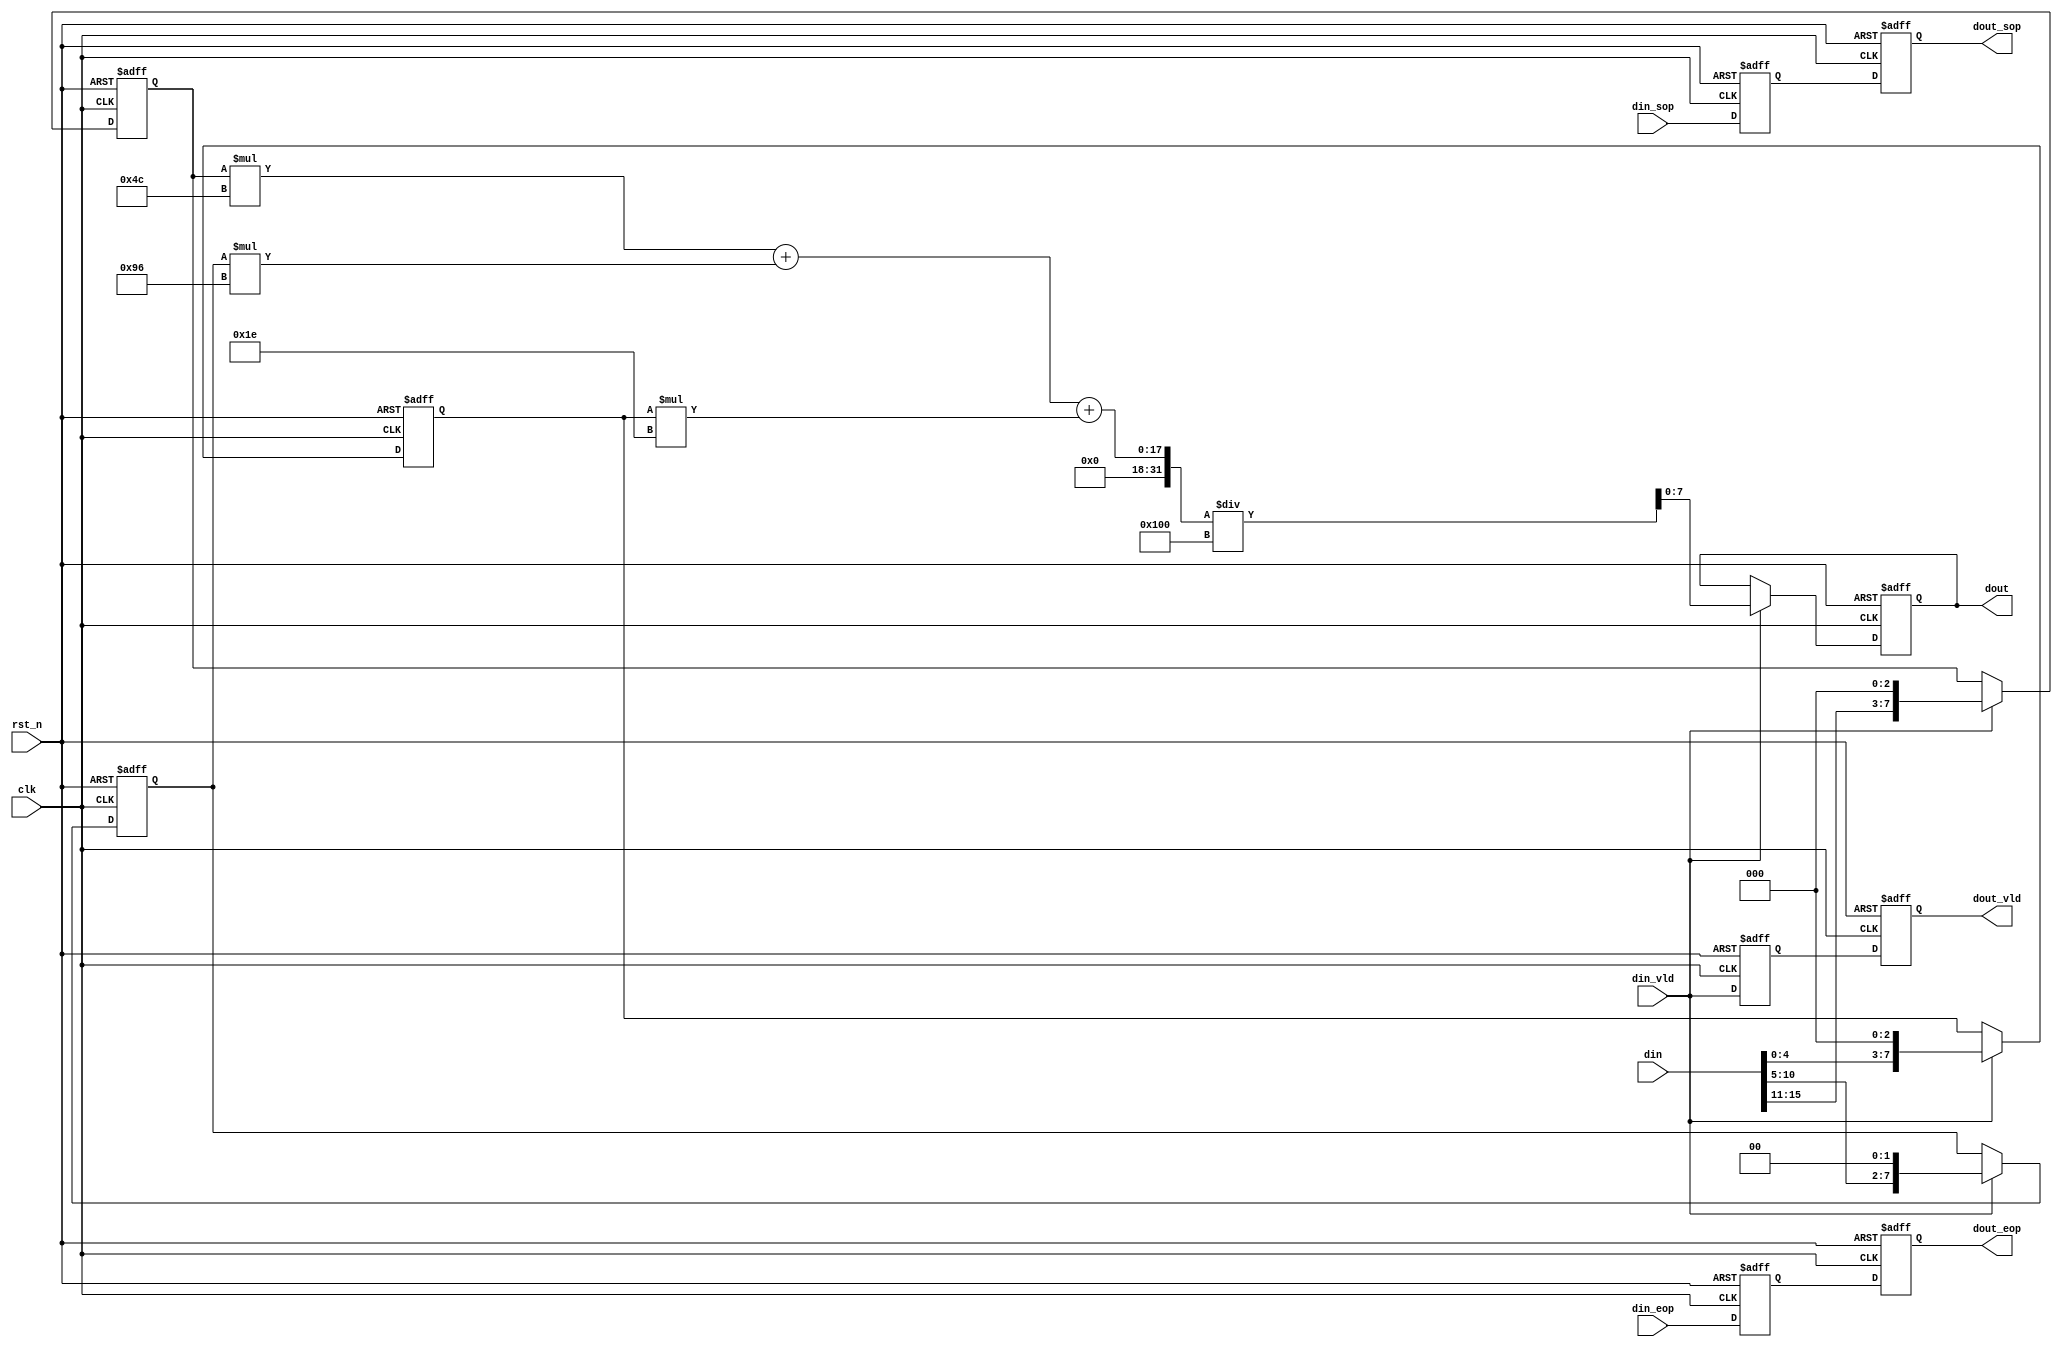
module gray(
	input clk,				
	input rst_n,		 	
	input [15:0]din, 		
	input din_vld, 		
	input din_sop, 	
	input din_eop, 
	output reg [7:0]dout,
	output reg dout_vld, 
	output reg dout_sop, 		
	output reg dout_eop 		
);


reg dout_vld_ff0;
reg dout_sop_ff0;
reg dout_eop_ff0;

reg [7:0]gray_r;
reg [7:0]gray_g;
reg [7:0]gray_b;

// read rgb data from din
always@(posedge clk or negedge rst_n)begin
	if(!rst_n)begin
		gray_r<=0;
		gray_g<=0;
		gray_b<=0;
	end
	else begin
		if(din_vld)begin
			gray_r={din[15:11],3'b000};
			gray_g={din[10:5],2'b00};
			gray_b={din[4:0],3'b000};
		end
	end
end

//dout calculate the gray level based on RGB
always@(posedge clk or negedge rst_n)begin
	if(!rst_n)
		dout<=0;
	else if(din_vld)
		dout<=(gray_r*76 + gray_g*150+ gray_b*30)/256;
end

//dout_vld
always@(posedge clk or negedge rst_n)begin
	if(!rst_n)begin
		dout_vld<=0;
		dout_vld_ff0<=0;
	end
	else begin
		dout_vld_ff0<=din_vld;
		dout_vld<=dout_vld_ff0;
	end
end



//dout_sop
always@(posedge clk or negedge rst_n)begin
	if(!rst_n)begin
		dout_sop<=0;
		dout_sop_ff0<=0;
	end
	else begin
		dout_sop_ff0<=din_sop;
		dout_sop<=dout_sop_ff0;
	end
end

//dout_eop
always@(posedge clk or negedge rst_n)begin
	if(!rst_n)begin
		dout_eop<=0;
		dout_eop_ff0<=0;
	end
	else begin
		dout_eop_ff0<=din_eop;
		dout_eop<=dout_eop_ff0;
	end
end

endmodule